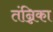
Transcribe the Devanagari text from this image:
तंन्निका